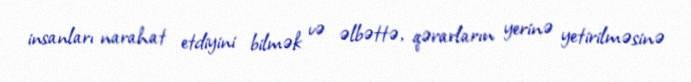
insanları narahat etdiyini bilmək və əlbəttə, qərarların yerinə yetirilməsinə